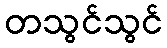
တသွင်သွင်